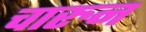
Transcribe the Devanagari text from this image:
चारुन